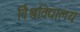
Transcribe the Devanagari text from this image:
र्विश्वविद्यालय